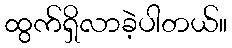
ထွက်ရှိလာခဲ့ပါတယ်။